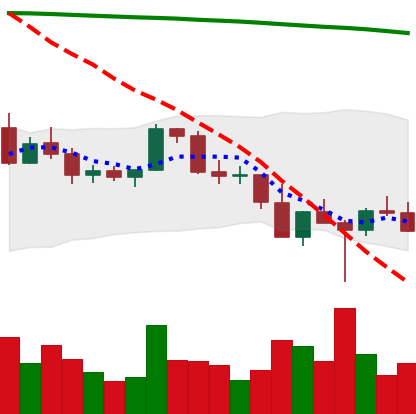
Ticker: BNB-USD
Chart end date: 2022-02-27
Forward return: 3.814%
Label: up_3_5